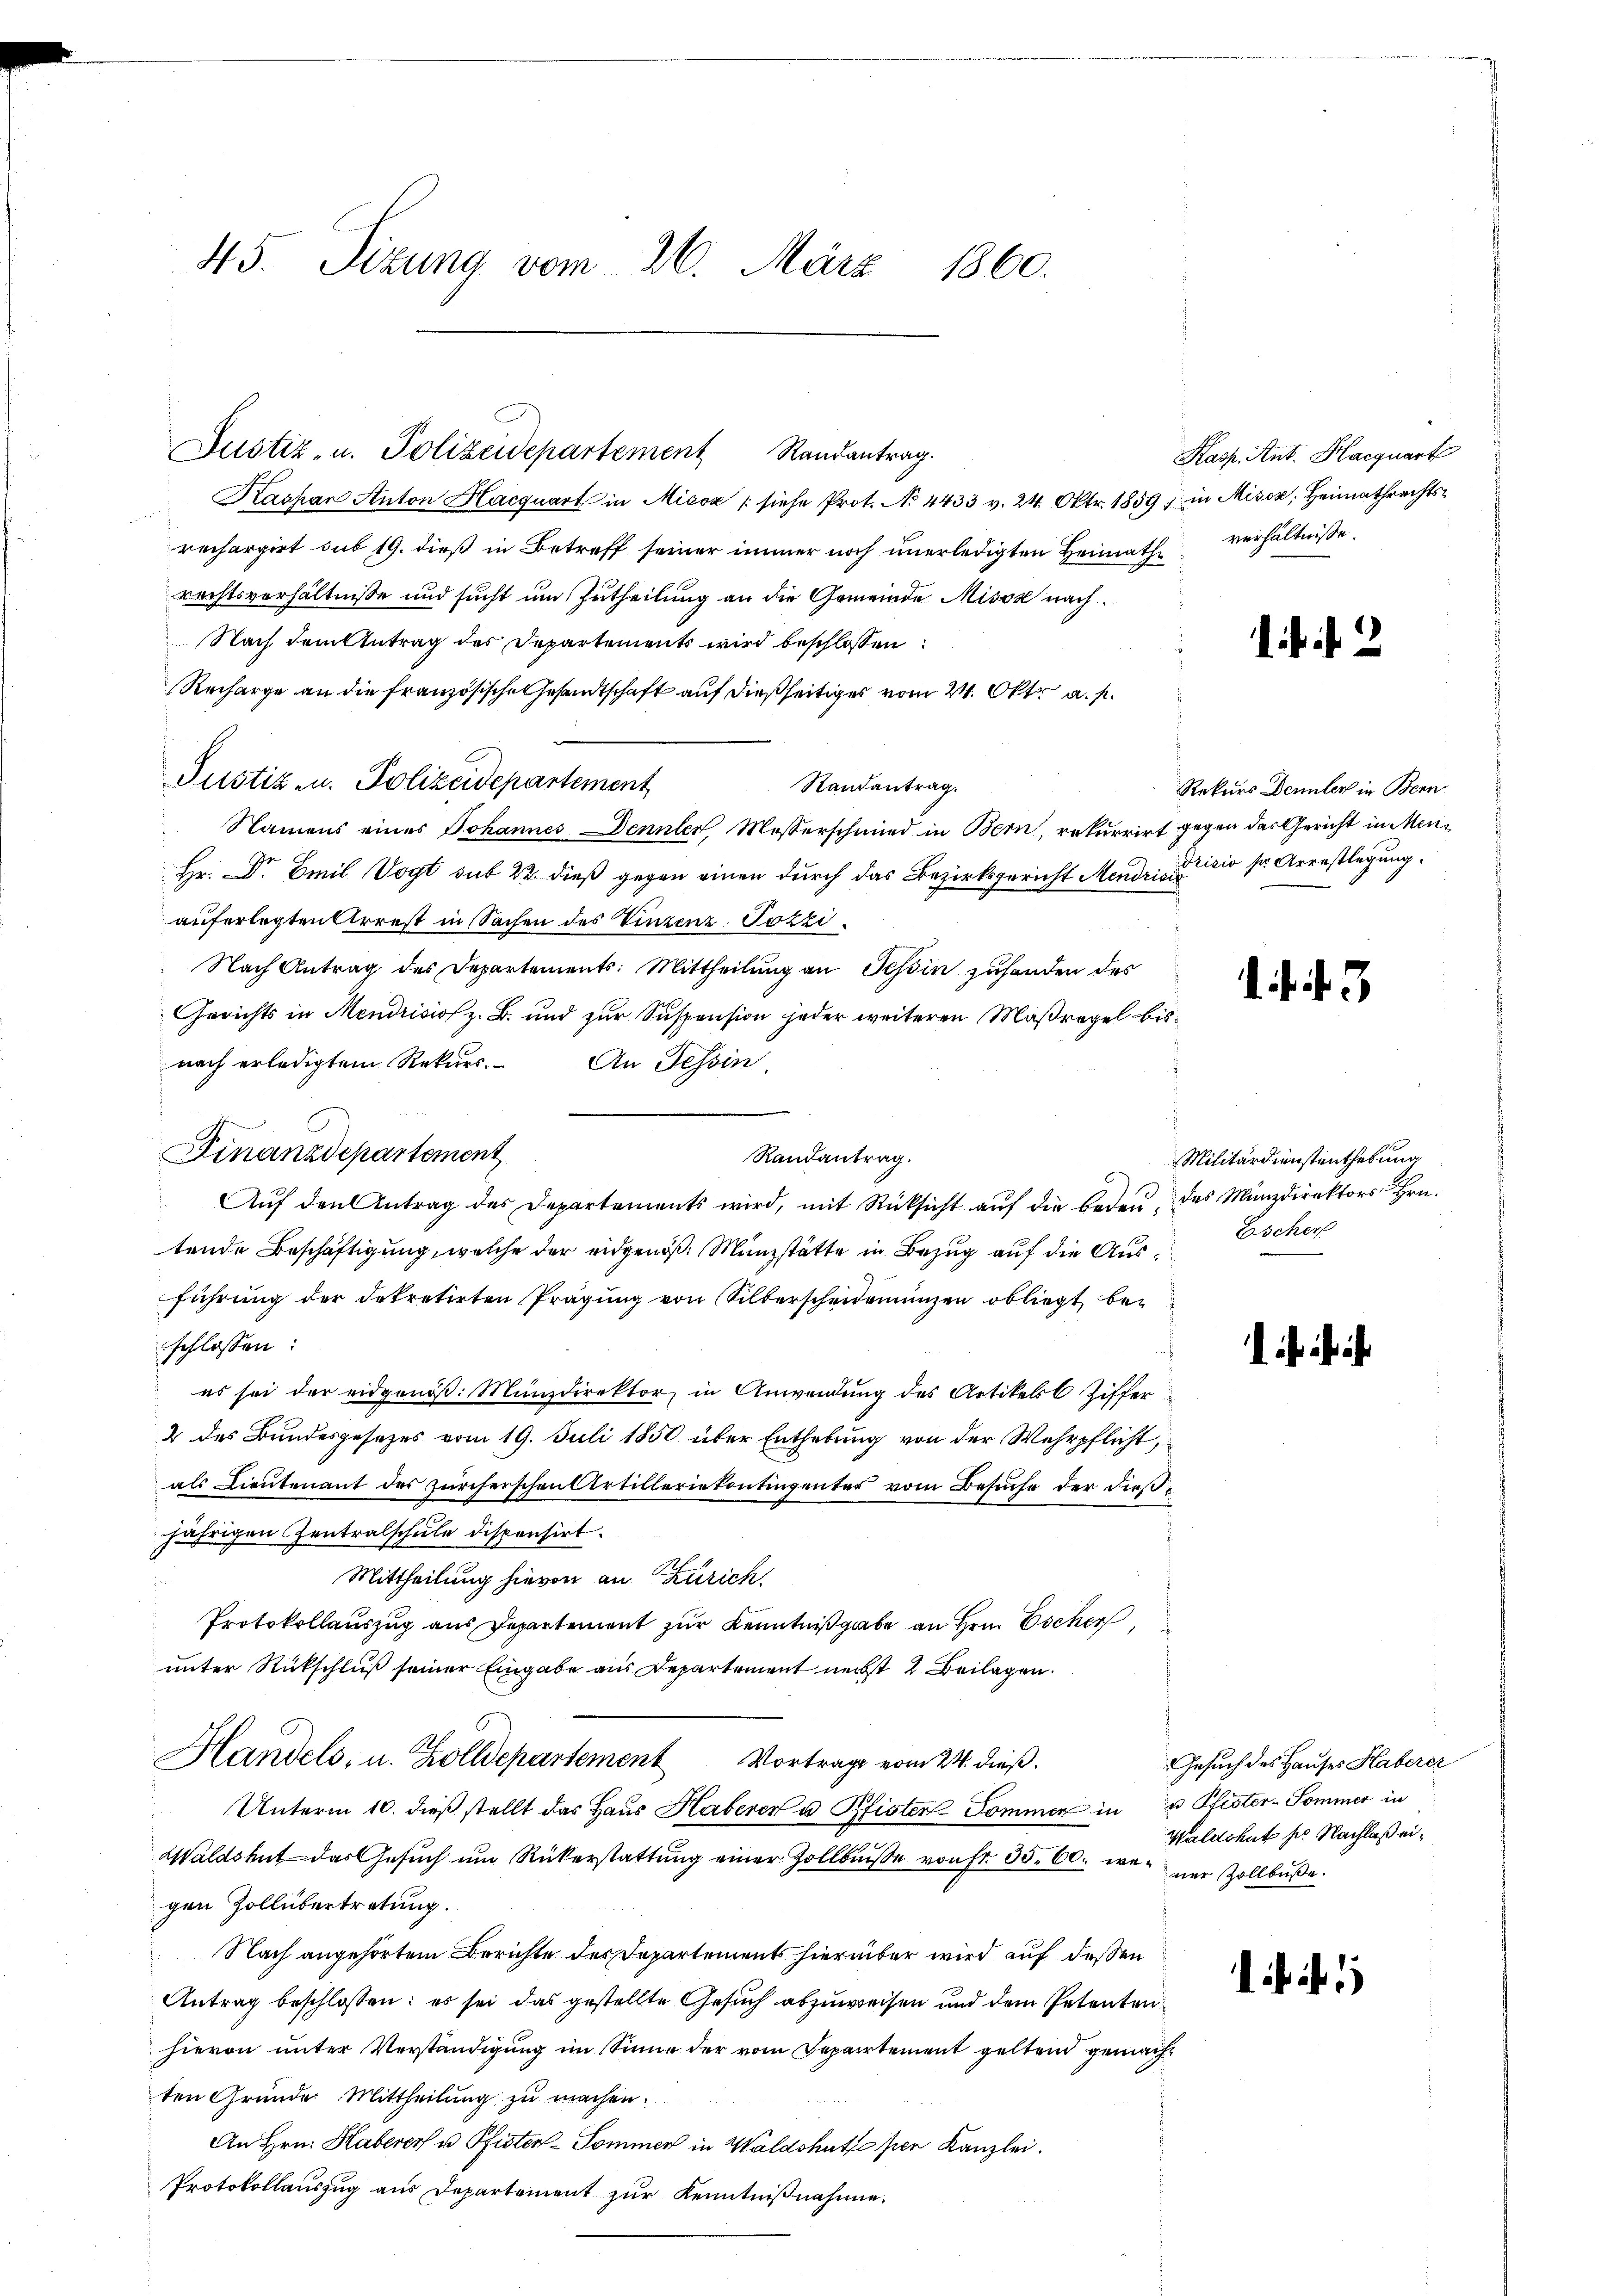
Kaspar Anton Hacquart in Misox (siehe Prot. No 4433 v. 24. Okt. 1859 in Mison, Heimathrechts-
rechargirt sub 19. dieß in Betreff seiner immer noch unerledigten Heimathrechtsverhältnisse und sucht um Zutheilung an die Gemeinde Misox nach
Nach dem Antrag des Departements wird beschlossen:
Recharge an die französische Gesandtschaft auf dießseitiges vom 24. Oktr a. p.
Justiz u. Polizeidepartement
Randantrag.
Namens eines Johannes Dennler, Messerschmied in Bern, rekurrirt gegen das Gericht in Men¬
Hr. Dr Emil Vogt sub 22 dieß gegen einen durch das Bezirksgericht Mendris die sr. Arrestlegung.
auferlegten Arrest in Sachen des Vinzenz Pozzi¬
Nach Antrag des Departements: Mittheilung an Tessin zuhanden des
Gerichts in Mendrisiss z. B. und zur Suspension jeder weiteren Maßregel bisnach erledigtem Rekurs.
An Tessin.
Finanzdepartement
Randantrag.
Aŭf den Antrag des Departements wird, mit Rücksicht aŭf die Beden des Münzdirektors Hrn.
tende Beschäftigung, welche der eidgenöß: Münzstätte in Bezug auf die Ausführung der dekretirten Prägung von Silberscheidemünzen obliegt beschlossen:
es sei der eidgenöβ. Münzdirektor in Anwendŭng des Artikels 6 Ziffer
2 des Bundesgesetzes vom 19. Juli 1850 über Enthebung von der Wehrpflicht,
als Lieutenant des zürcherschen Artilleriekontingenter vom Besuche der dießjährigen Zentralschule dispensirt.
Mittheilung hievon an Zürich
Protokollauszug aus Departement zur Kenntnißgabe an Hrn. Escher
unter Rückschluß seiner Eingabe aus Departement nechst 2. Beilagen.
Handels, u. Zolldepartement Vortrage vom 24. dieß.
Unterm 10. dieß stellt das Haus Haberer u. Pfister Sommer in u Pfister-Sommer in
Waldshut das Gesŭch ŭm Rükerstattŭng einer Zollbŭβe von fr. 35. 60. war ner Zollbŭβe.
gen Zollübertretung.
Nach angehörtem Berichte des Departements hierüber wird auf dessen
Antrag beschlossen: es sei das gestellte Gesuch abzuweisen und dem Petenten
hievon unter Verständigung im Sinne der vom Departement geltend gemachten Gründe. Mittheilung zu machen.
An Hrn. Haberer u Pfister-Pommen in Waldshutto per Kanzlei.
Protokollauszug aus Departement zŭr Kenntnißnahme.

45. Sizung vom 26. März 1860.

Justiz- u. Polizeidepartement Randantrag.

Kasp. Ant. Haequart
verhältnisse.

iit 2

Rekurs Dennler in Bern

. . . .

Militärdienstenthebung
Escher

Gesuch des Hauses Haberer
Waldshut der Nachlaß ei¬

. . . 1